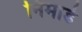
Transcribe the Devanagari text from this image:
निमाडे